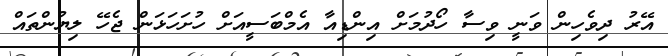
އޭރު ދިވެހިން ވަނީ ވިސާ ހޯދުމަށް އިންޑިއާ އެމްބަސީއަށް ހުށަހަޅަން ޖެހޭ ލިޔުންތައް